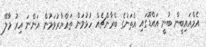
އެމްއައިބީން ބުނީ އައްޑޫގައި އެތަނުގެ ބްރާންޗެއް ހުޅުވަން ތައްޔާރުވަމުން އަންނަ އިރު މާލޭ